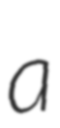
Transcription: a